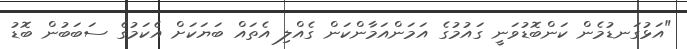
"އަޅުގަނޑުމެން ކަންބޮޑުވަނީ ގައުމުގެ އަމަންއަމާންކަން ގެއްލި އެތައް ބަޔަކަށް އެކަމުގެ ސަބަބުން ބޮޑު